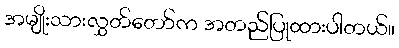
အမျိုးသားလွှတ်တော်က အတည်ပြုထားပါတယ်။